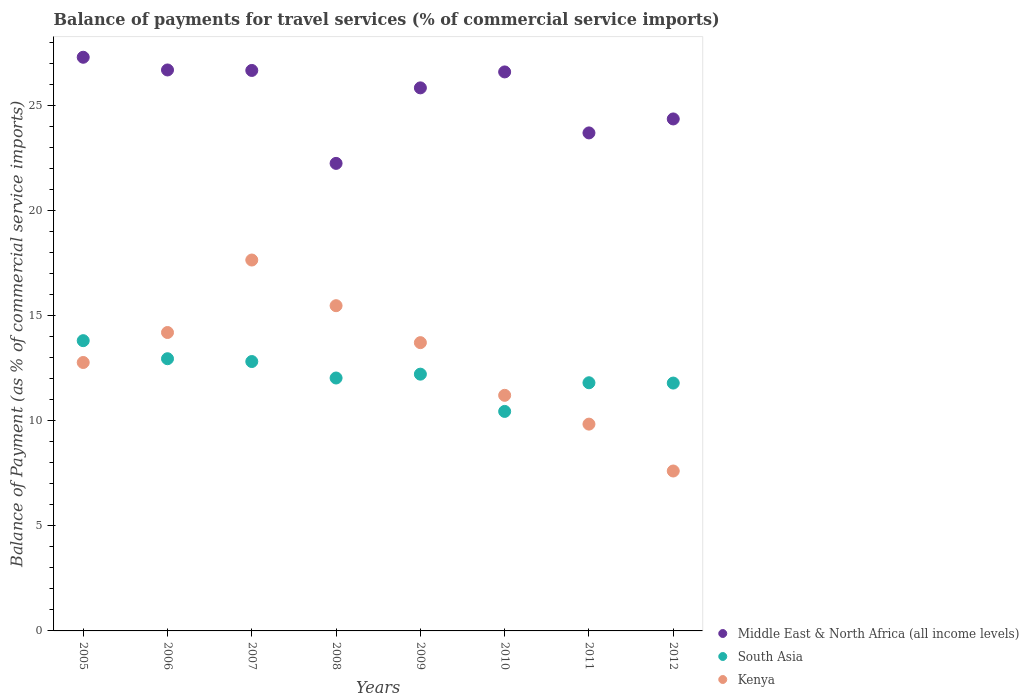
| Years | Middle East & North Africa (all income levels) | South Asia | Kenya |
 | --- | --- | --- | --- |
 | 2005 | 27.3 | 13.8 | 12.8 |
 | 2006 | 26.7 | 13 | 14.2 |
 | 2007 | 26.7 | 12.8 | 17.6 |
 | 2008 | 22.2 | 12 | 15.5 |
 | 2009 | 25.8 | 12.2 | 13.7 |
 | 2010 | 26.6 | 10.4 | 11.2 |
 | 2011 | 23.7 | 11.8 | 9.84 |
 | 2012 | 24.4 | 11.8 | 7.61 |